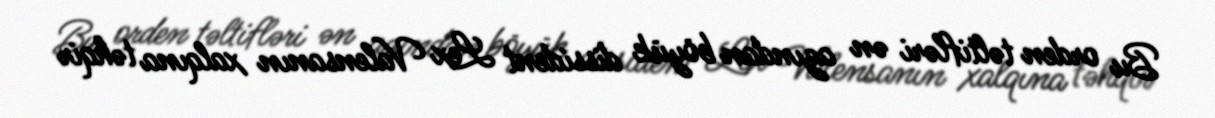
Bu orden təltifləri ən azından böyük dissident Lex Valensanın xalqına təhqir